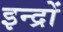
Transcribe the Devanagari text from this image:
इन्द्रों